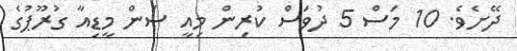
ދޭށެވެ. 10 މަސް 5 ދުވަސް ކުރިން މިއީ ސަން މީޑިއާ ގުރޫޕުގެ